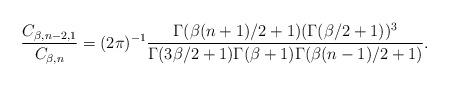
LaTeX: \begin{align*}&\frac{C_{\beta,n-2,1}}{C_{\beta,n}}=(2\pi)^{-1}\frac{\Gamma(\beta (n+1)/2+1)(\Gamma(\beta/2+1))^{3}}{\Gamma(3\beta/2 +1)\Gamma(\beta+1)\Gamma(\beta (n-1)/2+1)}.\end{align*}